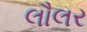
લૌલર